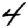
Digit: 4